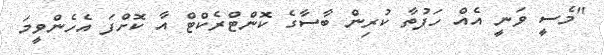
"މެސީ ވަނީ އެއް ހަފުތާ ކުރިން ބާސާގެ ކޮންޓްރެކްޓް އާ ކޮށްފަ އެހެންވީމަ